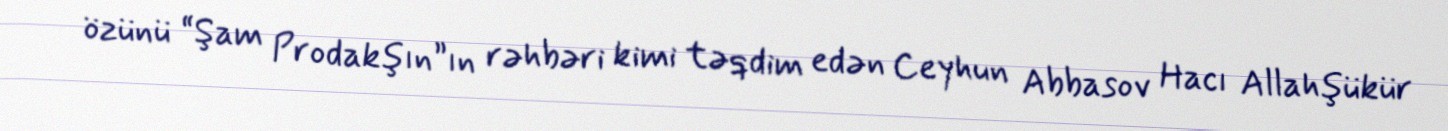
özünü “Şam Prodakşın”ın rəhbəri kimi təqdim edən Ceyhun Abbasov Hacı Allahşükür